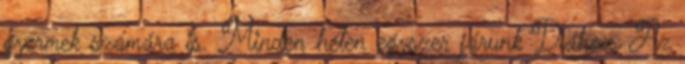
gyermek számára is. Minden héten egyszer járunk Diához. Az